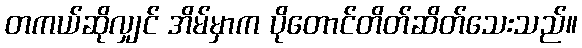
တကယ်ဆိုလျှင် အိမ်မှာက ပိုတောင်တိတ်ဆိတ်သေးသည်။